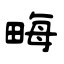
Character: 畮